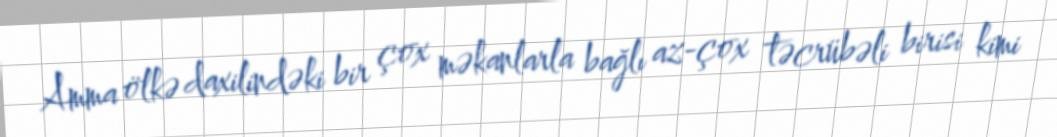
Amma ölkə daxilindəki bir çox məkanlarla bağlı az-çox təcrübəli birisi kimi